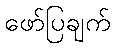
ဖော်ပြချက်